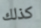
كذلك